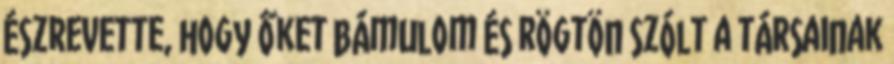
észrevette, hogy őket bámulom és rögtön szólt a társainak